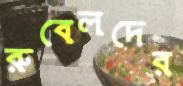
রুবেলদের